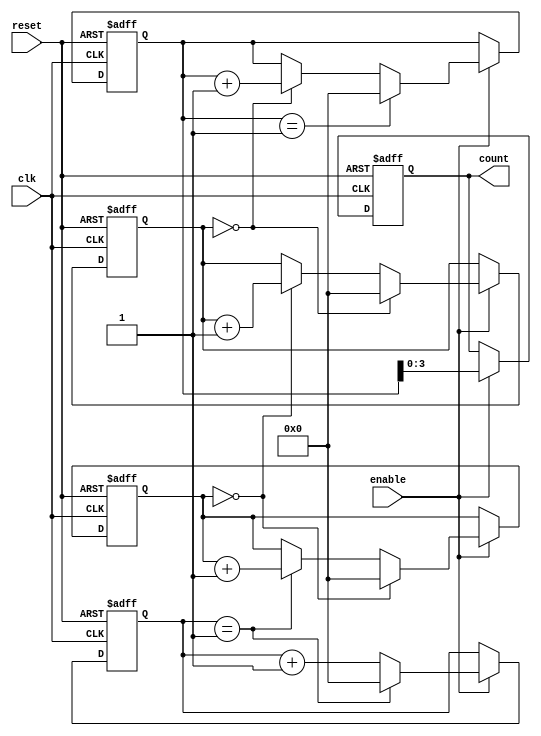
module mixed_radix_counter #(
    parameter NUM_STAGES = 4,             // Number of counter stages
    parameter [NUM_STAGES*8-1:0] RADIXES = {3, 2, 5, 10}, // Maximum radix for each stage
    parameter [NUM_STAGES*8-1:0] MAX_COUNTS = {2, 3, 4, 9} // Maximum count value for each stage (base - 1)
)(
    input wire clk,                         // Clock input
    input wire reset,                       // Reset input
    input wire enable,                      // Enable signal
    output reg [NUM_STAGES-1:0] count      // Count output, each bit corresponding to a stage
);

    // Intermediate registers for each stage's count
    reg [7:0] stage_count [0:NUM_STAGES-1];
    integer i;

    // Initializing stage counts
    initial begin
        for (i = 0; i < NUM_STAGES; i = i + 1) begin
            stage_count[i] = 0;
        end
    end

    always @(posedge clk or posedge reset) begin
        if (reset) begin
            // Reset all stage counts
            for (i = 0; i < NUM_STAGES; i = i + 1) begin
                stage_count[i] <= 0;
            end
            count <= 0;
        end else if (enable) begin
            // Count logic for each stage
            for (i = 0; i < NUM_STAGES; i = i + 1) begin
                if (i == 0) begin
                    // Stage 0 increments at every clock edge
                    stage_count[i] <= stage_count[i] + 1;
                end else begin
                    // Higher stages trigger on overflow from lower stage
                    if (stage_count[i-1] == MAX_COUNTS[i-1]) begin
                        stage_count[i] <= stage_count[i] + 1;
                    end
                end
                
                // Check for overflow
                if (stage_count[i] == MAX_COUNTS[i]) begin
                    stage_count[i] <= 0; // Reset current stage count
                    if (i < NUM_STAGES - 1) begin
                        stage_count[i+1] <= stage_count[i+1] + 1; // Carry to next stage
                    end
                end
            end
            // Assign the MSB of each stage to output count
            count <= stage_count[NUM_STAGES-1];
        end
    end
endmodule